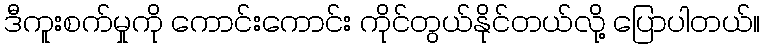
ဒီကူးစက်မှုကို ကောင်းကောင်း ကိုင်တွယ်နိုင်တယ်လို့ ပြောပါတယ်။